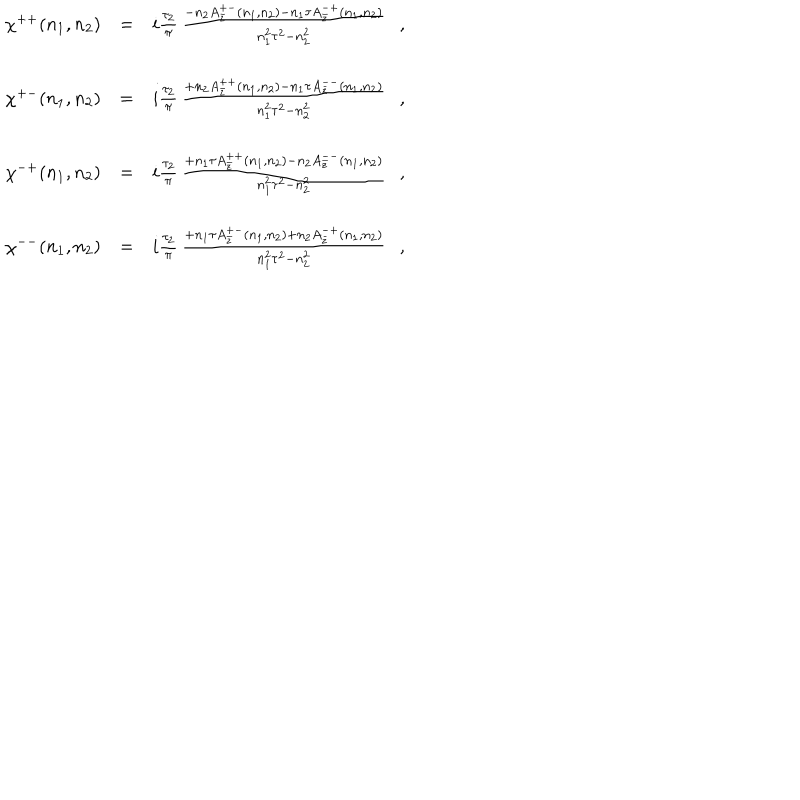
\begin{array} { r c l } { { \chi ^ { + + } ( n _ { 1 } , n _ { 2 } ) } } & { { = } } & { { i \frac { \tau _ { 2 } } { \pi } \, \frac { - n _ { 2 } A _ { \bar { z } } ^ { + - } ( n _ { 1 } , n _ { 2 } ) - n _ { 1 } \tau A _ { \bar { z } } ^ { - + } ( n _ { 1 } , n _ { 2 } ) } { n _ { 1 } ^ { 2 } \tau ^ { 2 } - n _ { 2 } ^ { 2 } } \ \ \ , } } \\ { { } } & { { } } & { { } } \\ { { \chi ^ { + - } ( n _ { 1 } , n _ { 2 } ) } } & { { = } } & { { i \frac { \tau _ { 2 } } { \pi } \, \frac { + n _ { 2 } A _ { \bar { z } } ^ { + + } ( n _ { 1 } , n _ { 2 } ) - n _ { 1 } \tau A _ { \bar { z } } ^ { -- } ( n _ { 1 } , n _ { 2 } ) } { n _ { 1 } ^ { 2 } \tau ^ { 2 } - n _ { 2 } ^ { 2 } } \ \ \ , } } \\ { { } } & { { } } & { { } } \\ { { \chi ^ { - + } ( n _ { 1 } , n _ { 2 } ) } } & { { = } } & { { i \frac { \tau _ { 2 } } { \pi } \, \frac { + n _ { 1 } \tau A _ { \bar { z } } ^ { + + } ( n _ { 1 } , n _ { 2 } ) - n _ { 2 } A _ { \bar { z } } ^ { -- } ( n _ { 1 } , n _ { 2 } ) } { n _ { 1 } ^ { 2 } \tau ^ { 2 } - n _ { 2 } ^ { 2 } } \ \ \ , } } \\ { { } } & { { } } & { { } } \\ { { \chi ^ { -- } ( n _ { 1 } , n _ { 2 } ) } } & { { = } } & { { i \frac { \tau _ { 2 } } { \pi } \, \frac { + n _ { 1 } \tau A _ { \bar { z } } ^ { + - } ( n _ { 1 } , n _ { 2 } ) + n _ { 2 } A _ { \bar { z } } ^ { - + } ( n _ { 1 } , n _ { 2 } ) } { n _ { 1 } ^ { 2 } \tau ^ { 2 } - n _ { 2 } ^ { 2 } } \ \ \ , } } \\ \end{array}